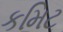
કમિટ